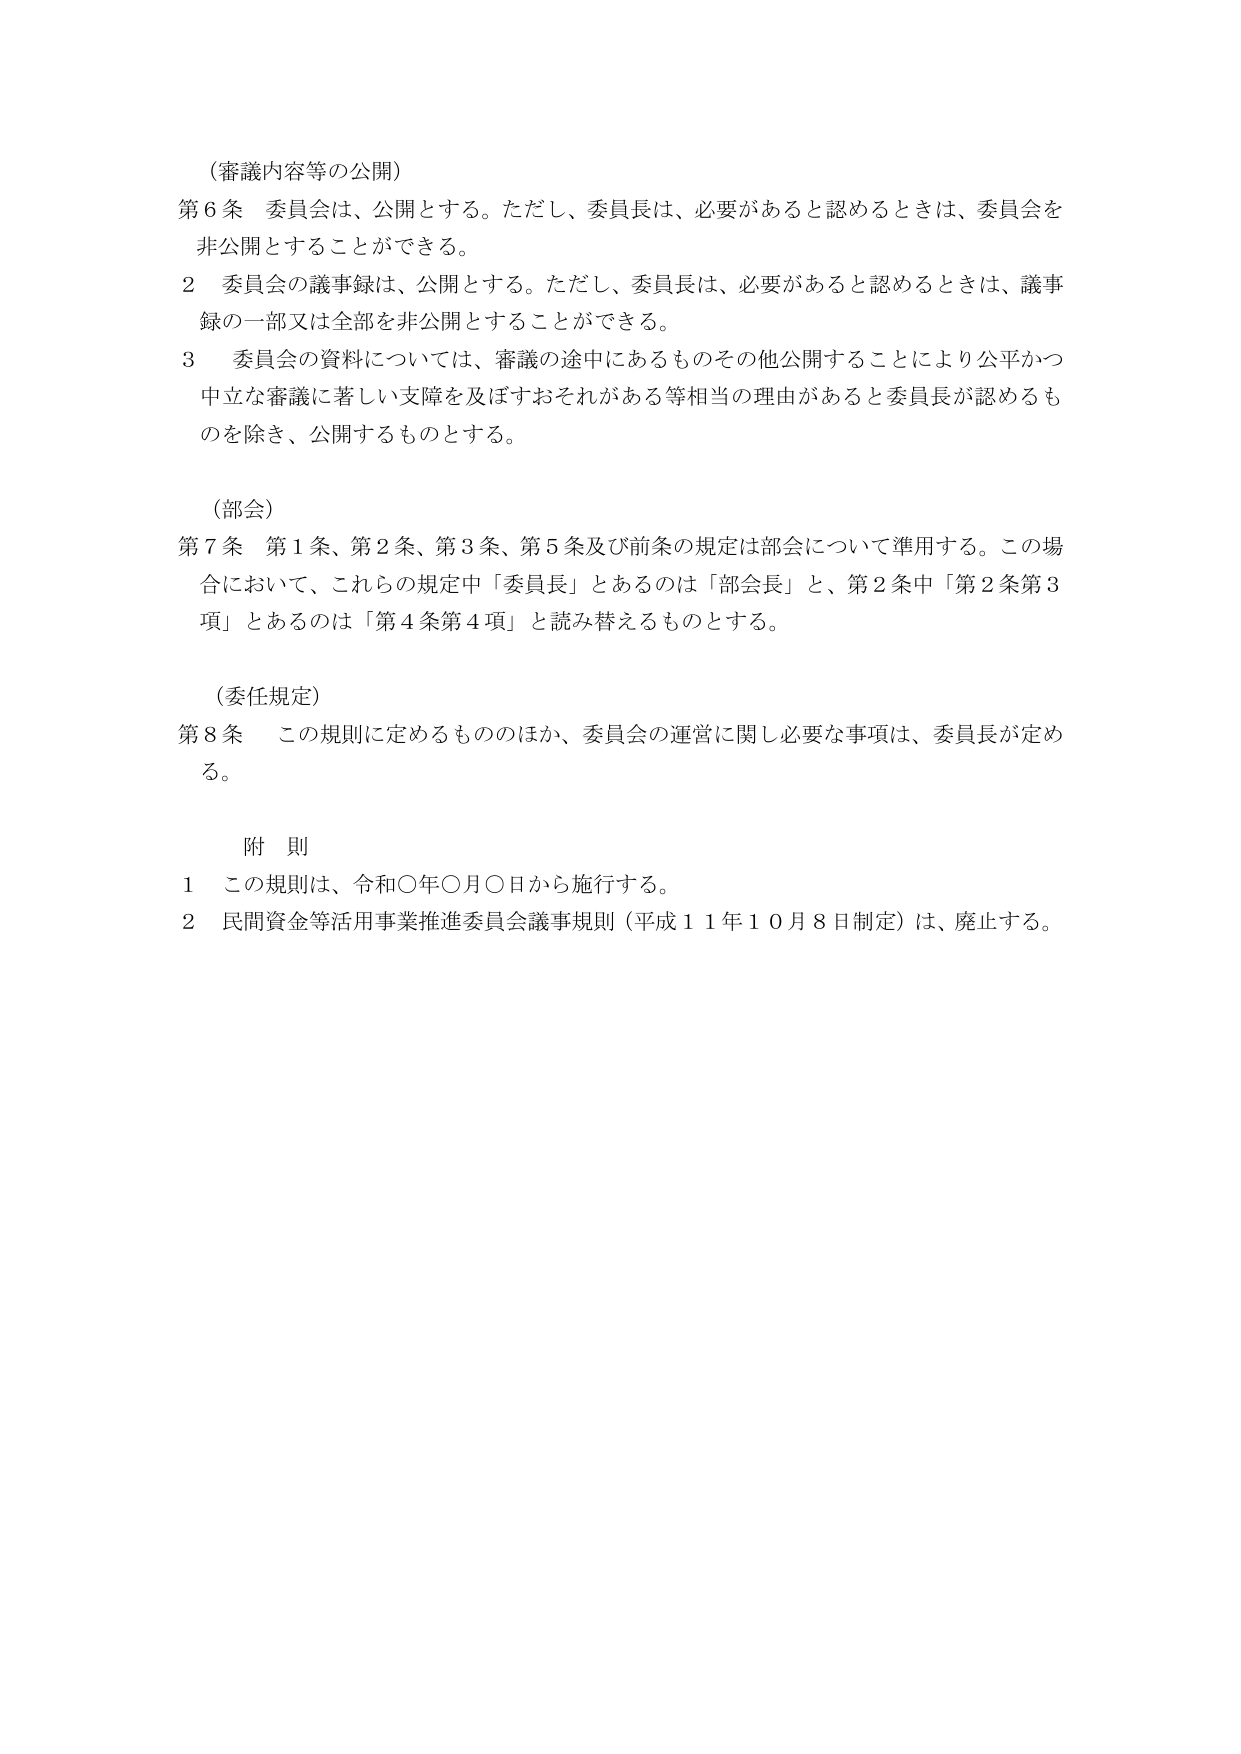
（審議内容等の公開）

第６条 委員会は、公開とする。ただし、委員長は、必要があると認めるときは、委員会を非公開とすることができる。

２ 委員会の議事録は、公開とする。ただし、委員長は、必要があると認めるときは、議事録の一部又は全部を非公開とすることができる。

３ 委員会の資料については、審議の途中にあるものその他公開することにより公平かつ中立な審議に著しい支障を及ぼすおそれがある等相当の理由があると委員長が認めるものを除き、公開するものとする。

（部会）

第７条 第１条、第２条、第３条、第５条及び前条の規定は部会について準用する。この場合において、これらの規定中「委員長」とあるのは「部会長」と、第２条中「第２条第３項」とあるのは「第４条第４項」と読み替えるものとする。

（委任規定）

第８条 この規則に定めるもののほか、委員会の運営に関し必要な事項は、委員長が定める。

附 則

１ この規則は、令和〇年〇月〇日から施行する。

２ 民間資金等活用事業推進委員会議事規則（平成１１年１０月８日制定）は、廃止する。